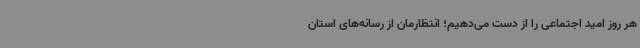
هر روز امید اجتماعی را از دست می‌دهیم؛ انتظارمان از رسانه‌های استان